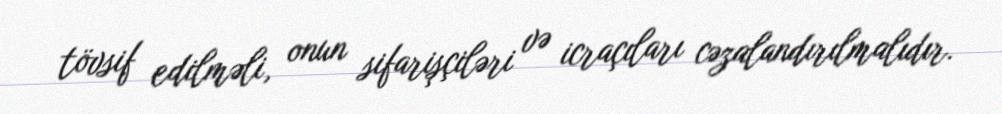
tövsif edilməli, onun sifarişçiləri və icraçıları cəzalandırılmalıdır.